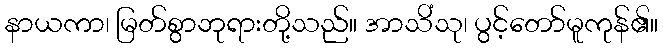
နာယကာ၊ မြတ်စွာဘုရားတို့သည်။ အာသိံသု၊ ပွင့်တော်မူကုန်၏။